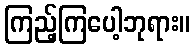
ကြည့်ကြပေါ့ဘုရား။